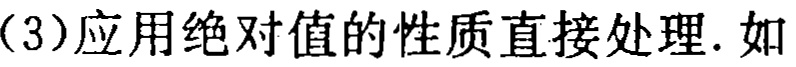
（3）应用绝对值的性质直接处理. 如